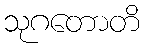
သုဂတောတိ